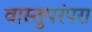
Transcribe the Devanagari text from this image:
वास्तुपरंपरा